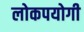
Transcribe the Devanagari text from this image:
लोकपयोगी